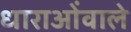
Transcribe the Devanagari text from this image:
धाराओंवाले